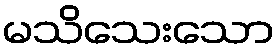
မသိသေးသော